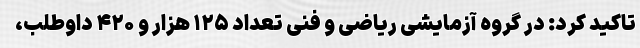
تاکید کرد: در گروه آزمایشی ریاضی و فنی تعداد ۱۲۵ هزار و ۴۲۰ داوطلب،